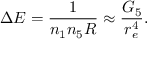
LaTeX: \Delta E = \frac { 1 } { n _ { 1 } n _ { 5 } R } \approx \frac { G _ { 5 } } { r _ { e } ^ { 4 } } .